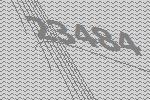
23484